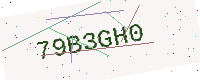
Text: 79B3GH0